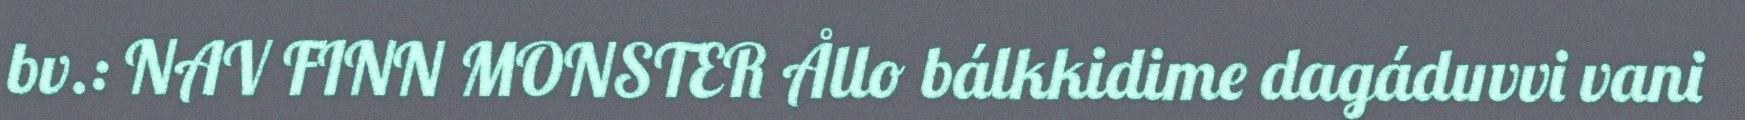
bv.: NAV FINN MONSTER Ållo bálkkidime dagáduvvi vani